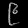
Digit: ၉